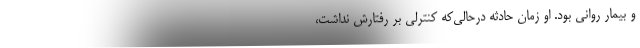
و بیمار روانی بود. او زمان حادثه درحالی‌که کنترلی بر رفتارش نداشت،